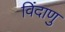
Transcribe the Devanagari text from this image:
विंदाणु